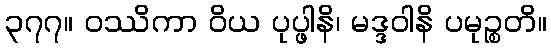
၃၇၇။ ဝဿိကာ ဝိယ ပုပ္ဖါနိ၊ မဒ္ဒဝါနိ ပမုဉ္စတိ။